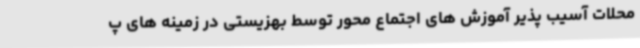
محلات آسیب پذیر آموزش های اجتماع محور توسط بهزیستی در زمینه های پ